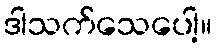
ဒါသက်သေပေါ့။